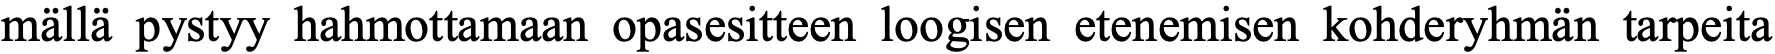
mällä pystyy hahmottamaan opasesitteen loogisen etenemisen kohderyhmän tarpeita